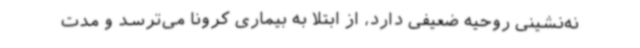
نه‌نشینی روحیه ضعیفی دارد، از ابتلا به بیماری کرونا می‌ترسد و مدت